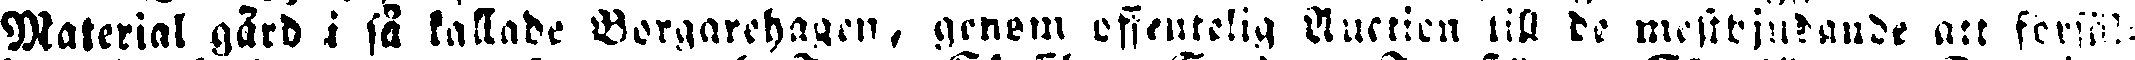
Material gärd i så kallade Borgarehagen, genom offentelig Auction till de mestbjudande att försälj